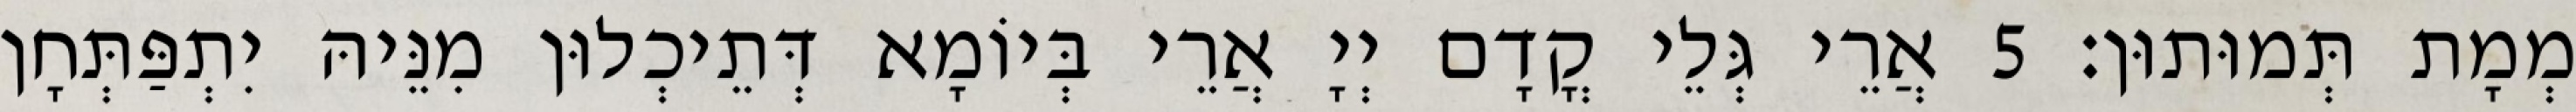
מְמָת תְּמוּתוּן׃ 5 אֲרֵי גְּלֵי קֳדָם יְיָ אֲרֵי בְּיוֹמָא דְּתֵיכְלוּן מִנֵּיהּ יִתְפַּתְּחָן